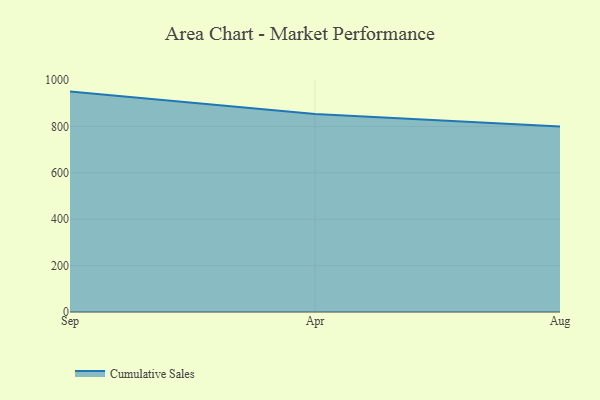
{"axis": {"x": "Month", "y": "Temperature (°C)"}, "legend": ["Cumulative Sales"], "data": [{"x": "Sep", "y": 950.5, "type": "Cumulative Sales"}, {"x": "Apr", "y": 854.2, "type": "Cumulative Sales"}, {"x": "Aug", "y": 800, "type": "Cumulative Sales"}]}